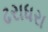
ઢરાધરા